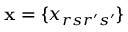
\mathbf { x } = \{ x _ { r s r ^ { \prime } s ^ { \prime } } \}